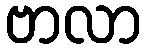
ဗာလာ